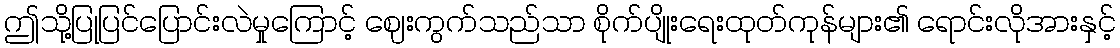
ဤသို့ပြုပြင်ပြောင်းလဲမှုကြောင့် ဈေးကွက်သည်သာ စိုက်ပျိုးရေးထုတ်ကုန်များ၏ ရောင်းလိုအားနှင့်